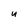
Character: U